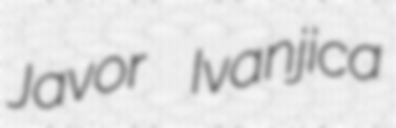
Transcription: Javor Ivanjica